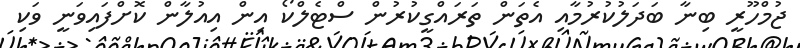
ޖުމްހޫރީ ބިނާ ބަދަލުކުރުމާއި އެތަން ތަރައްގީކުރުން ސްޓެލްކޯ އިން އިއުލާން ކޮށްފައިވަނީ ވަކި